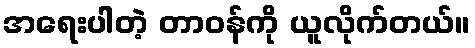
အရေးပါတဲ့ တာဝန်ကို ယူလိုက်တယ်။